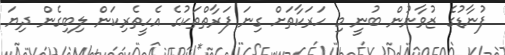
ފުނާޑުގެ ޒުވާނުން ބުނީ މި ހަރަކާތަށް ގިނަ ފަރާތްތަކުގެ އެހީތެރިކަން ލިބިގެން ދިޔަ